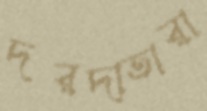
দরদাতারা